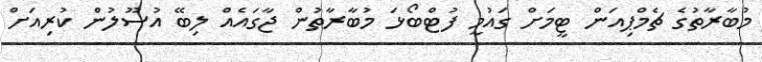
މުބާރާތުގެ ޗެމްޕިއަން ޓީމަށް ގައުމީ ފުޓްބޯޅަ މުބާރާތުން ޖާގައެއް ލިބޭ އުސޫލުން ކުރިއަށް